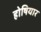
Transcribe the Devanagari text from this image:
होषियार